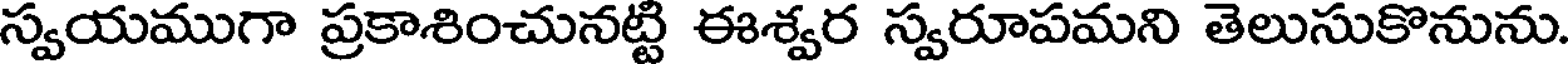
స్వయముగా ప్రకాశించునట్టి ఈశ్వర స్వరూపమని తెలుసుకొనును.